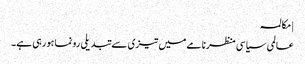
| مکالمہ
عالمی سیاسی منظرنامے میں تیزی سے تبدیلی رونما ہو رہی ہے۔